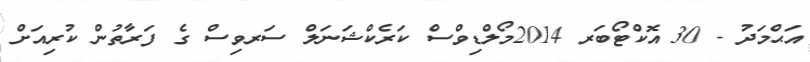
އަޙްމަދު - 30 އޮކްޓޯބަރ 2014މޯލްޑިވްސް ކަރެކްޝަނަލް ސަރވިސް ގެ ފަރާތުން ކުރިއަށް